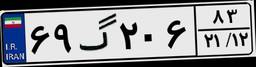
۹۸گ۱۳۷۷۲